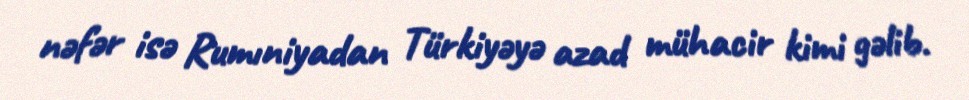
nəfər isə Rumıniyadan Türkiyəyə azad mühacir kimi gəlib.